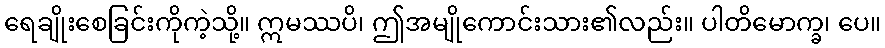
ရေချိုးစေခြင်းကိုကဲ့သို့။ ဣမဿပိ၊ ဤအမျိုကောင်းသား၏လည်း။ ပါတိမောက္ခ၊ ပေ။